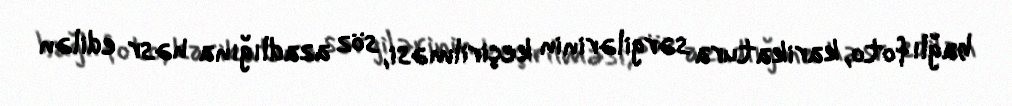
bağlı foto, karikatura sərgilərinin keçirilməsi, söz azadlığına həsr edilən